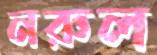
নরুল